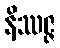
နိဿဇ္ဇ